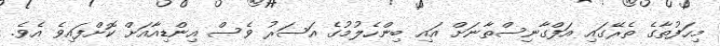
މިހަފުތާގެ ތެރޭގައި އަފްގާނިސްތާނަށް އައި ބިންހެލުމުގެ އަސަރު ވެސް އިންޑިއާއަށް ކޮށްފައިވެ އެވެ.